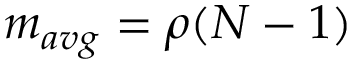
m _ { a v g } = \rho ( N - 1 )